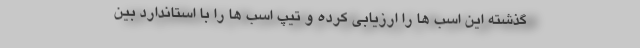
گذشته این اسب ها را ارزیابی کرده و تیپ اسب ها را با استاندارد بین